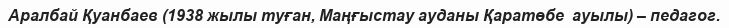
Аралбай Қуанбаев (1938 жылы туған, Маңғыстау ауданы Қаратөбе  ауылы) – педагог.